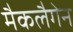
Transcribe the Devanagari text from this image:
मैकलैगेन